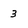
Character: 3